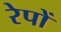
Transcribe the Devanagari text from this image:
रेपों